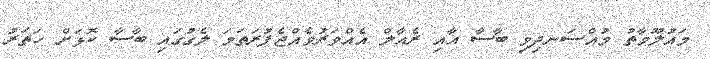
މައުލޫމާތު މުއްސަނދިވި ބާސާ އާއި ރެއާލް އެއްވަރުވެއްޖެފުރަތަމަ ލެގުގައި ބާސާ ކޮޅަށް ހަތަރު